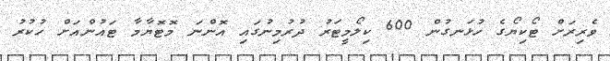
ވެރިރަށް ޓޯކިޔޯގެ ހުޅަނގުން 600 ކިލޯމީޓަރު ދުރުމިނުގައި އޮންނަ މޮޓޮޔާމާ ޓައުންއަށް ހުކުރު